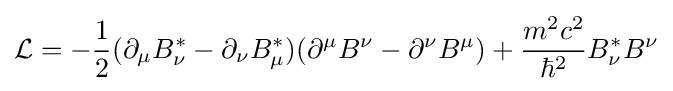
{\mathcal {L}}=-{\frac {1}{2}}(\partial _{\mu }B_{\nu }^{*}-\partial _{\nu }B_{\mu }^{*})(\partial ^{\mu }B^{\nu }-\partial ^{\nu }B^{\mu })+{\frac {m^{2}c^{2}}{\hbar ^{2}}}B_{\nu }^{*}B^{\nu }